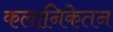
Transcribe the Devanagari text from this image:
कलानिकेतन